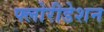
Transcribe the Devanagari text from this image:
फ्लोरीडेशन